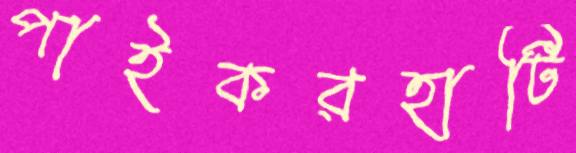
পাইকরহাটি